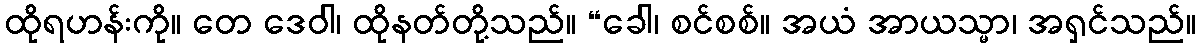
ထိုရဟန်းကို။ တေ ဒေဝါ၊ ထိုနတ်တို့သည်။ “ခေါ၊ စင်စစ်။ အယံ အာယသ္မာ၊ အရှင်သည်။